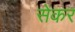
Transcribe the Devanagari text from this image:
सेकर